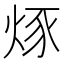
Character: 烼